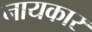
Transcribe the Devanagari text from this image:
नायकार